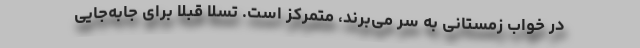
در خواب زمستانی به سر می‌برند، متمرکز است. تسلا قبلا برای جابه‌جایی